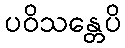
ပဝိသန္တေပိ